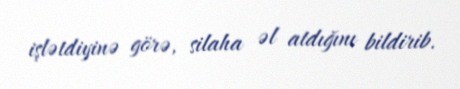
işlətdiyinə görə, silaha əl atdığını bildirib.